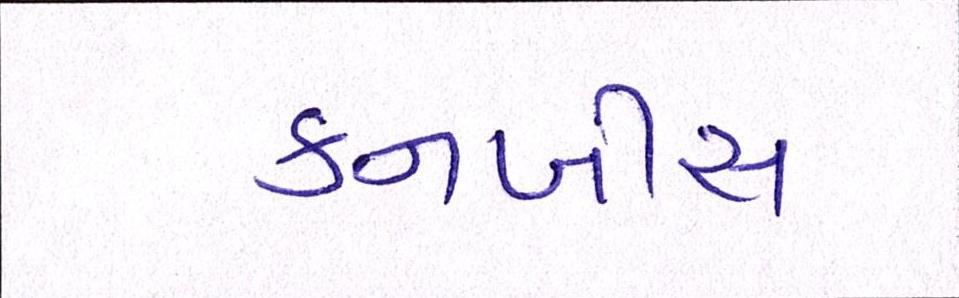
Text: કનબીસ